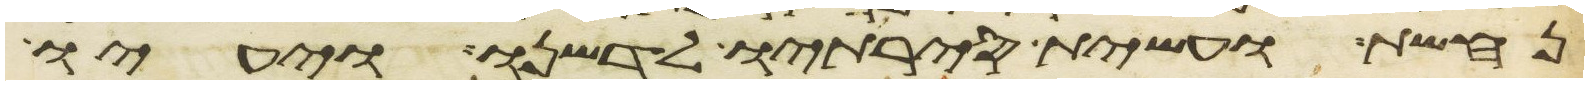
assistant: נחשת ועשית סירתיו לדשנו ויעיו